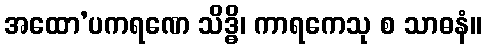
အထော’ပကရဏေ သိဒ္ဓိ၊ ကာရကေသု စ သာဓနံ။